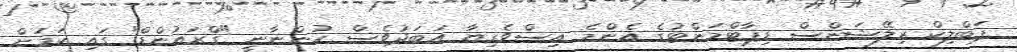
ޕަބްލިކް ރިލޭޝަންސް ޑިޕާޓްމަންޓުގެ އެންމެ އިސްވެރިޔާ އަބަދުވެސް ހުންނާނީ "ގްރައުންޑް" ގައި ކަމަށް